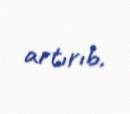
artırıb.